Report on vaccination in the Province of Bengal - 1874-1889
Year: 1874
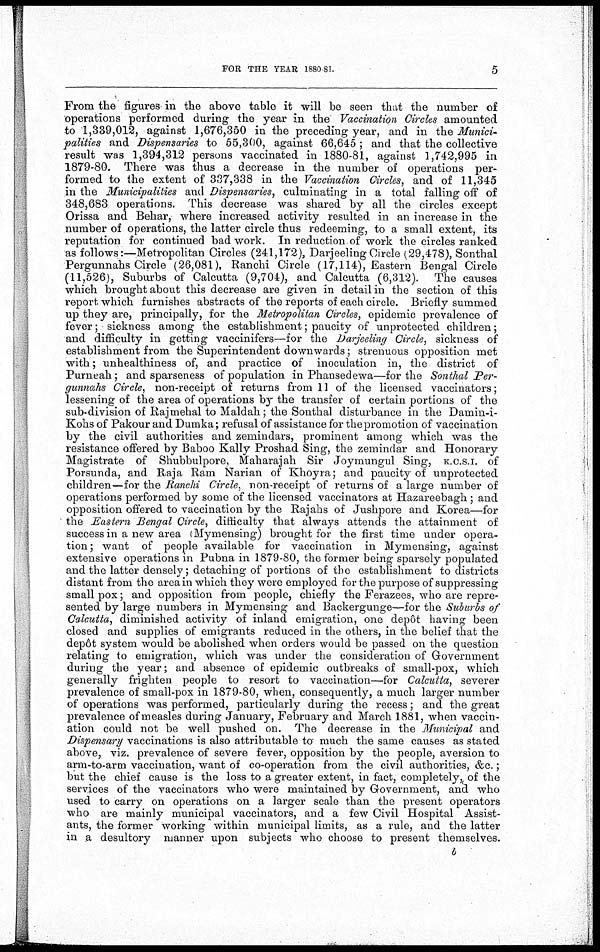
FOR THE YEAR 1880 81.
5
From the figures in the above table it will be seen that the number of
operations performed during the year in the Vaccination Circles amounted
to 1,339,012, against 1,676,350 in the preceding year, and in the Munici-
palities and Dispensaries to 55,300, against 66,645; and that the collective
result was 1,394,312 persons vaccinated in 1880-81, against 1,742,995 in
1879-80. There was thus a decrease in the number of operations per-
formed to the extent of 337,338 in the Vaccination Circles, and of 11,345
in the Municipalities and Dispensaries, culminating in a total falling off of
348,683 operations. This decrease was shared by all the circles except
Orissa and Behar, where increased activity resulted in an increase in the
number of operations, the latter circle thus redeeming, to a small extent, its
reputation for continued bad work. In reduction of work the circles ranked
as follows:—Metropolitan Circles (241,172), Darjeeling Circle (29,478), Sonthal
Pergunnahs Circle (26,081), Ranchi Circle (17,114), Eastern Bengal Circle
(11,526), Suburbs of Calcutta (9,704), and Calcutta (6,312). The causes
which brought about this decrease are given in detail in the section of this
report, which furnishes abstracts of the reports of each circle. Briefly summed
up they are, principally, for the Metropolitan Circles, epidemic prevalence of
fever; sickness among the establishment; paucity of unprotected children;
and difficulty in getting vaccinifers—for the Darjeeling Circle, sickness of
establishment from the Superintendent downwards; strenuous opposition met
with; unhealthiness of, and practice of inoculation in, the district of
Purneah; and sparseness of population in Phansedewa—for the Sonthal Per-
gunnahs Circle, non-receipt of returns from 11 of the licensed vaccinators;
lessening of the area of operations by the transfer of certain portions of the
sub-division of Rajmehal to Maldah; the Sonthal disturbance in the Damin-i-
Kohs of Pakour and Dumka; refusal of assistance for the promotion of vaccination
by the civil authorities and zemindars, prominent among which was the
resistance offered by Baboo Kally Proshad Sing, the zemindar and Honorary
Magistrate of Shubbulpore, Maharajah Sir Joymungul Sing, K.C.S.I. of
Porsunda, and Raja Ram Narian of Khoyra; and paucity of unprotected
children—for the Ranchi Circle, non-receipt of returns of a large number of
operations performed by some of the licensed vaccinators at Hazareebagh ; and
opposition offered to vaccination by the Rajahs of Jushpore and Korea—for
the Eastern Bengal Circle, difficulty that always attends the attainment of
success in a new area (Mymensing) brought for the first time under opera-
tion; want of people available for vaccination in Mymensing, against
extensive operations in Pubna in 1879-80, the former being sparsely populated
and the latter densely; detaching of portions of the establishment to districts
distant from the area in which they were employed for the purpose of suppressing
small pox; and opposition from people, chiefly the Ferazees, who are repre-
sented by large numbers in Mymensing and Backergunge—for the Suburbs of
Calcutta, diminished activity of inland emigration, one depôt having been
closed and supplies of emigrants reduced in the others, in the belief that the
depôt system would be abolished when orders would be passed on the question
relating to emigration, which was under the consideration of Government
during the year; and absence of epidemic outbreaks of small-pox, which
generally frighten people to resort to vaccination—for Calcutta, severer
prevalence of small-pox in 1879-80, when, consequently, a much larger number
of operations was performed, particularly during the recess; and the great
prevalence of measles during January, February and March 1881, when vaccin-
ation could not be well pushed on. The decrease in the Municipal and
Dispensary vaccinations is also attributable to much the same causes as stated
above, viz. prevalence of severe fever, opposition by the people, aversion to
arm-to-arm vaccination, want of co-operation from the civil authorities, &c.;
but the chief cause is the loss to a greater extent, in fact, completely, of the
services of the vaccinators who were maintained by Government, and who
used to carry on operations on a larger scale than the present operators
who are mainly municipal vaccinators, and a few Civil Hospital Assist-
ants, the former working within municipal limits, as a rule, and the latter
in a desultory manner upon subjects who choose to present themselves.
b